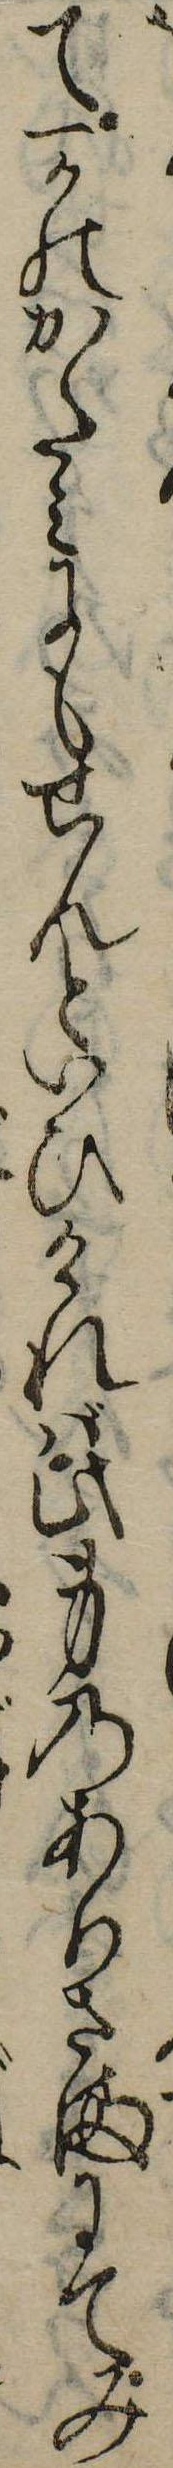
て一かのかたみにもせんといひければ此身のありさまにてみ